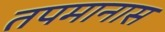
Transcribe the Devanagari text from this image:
तपमानास